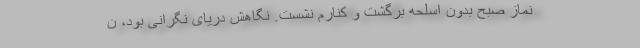
نماز صبح بدون اسلحه برگشت و کنارم نشست. نگاهش دریای نگرانی بود، ن